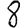
Digit: 8